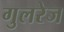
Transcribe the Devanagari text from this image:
गुलरेज